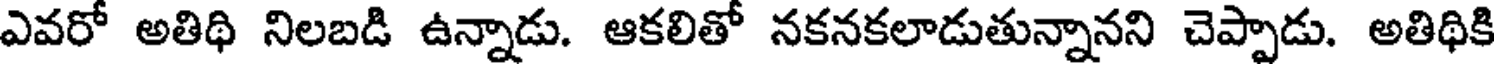
ఎవరో అతిథి నిలబడి ఉన్నాడు. ఆకలితో నకనకలాడుతున్నానని చెప్పాడు. అతిథికి